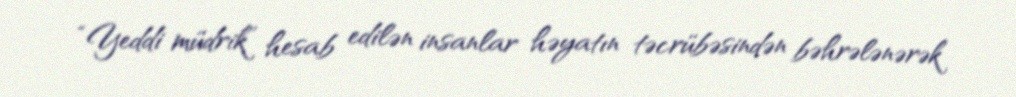
“Yeddi müdrik” hesab edilən insanlar həyatın təcrübəsindən bəhrələnərək